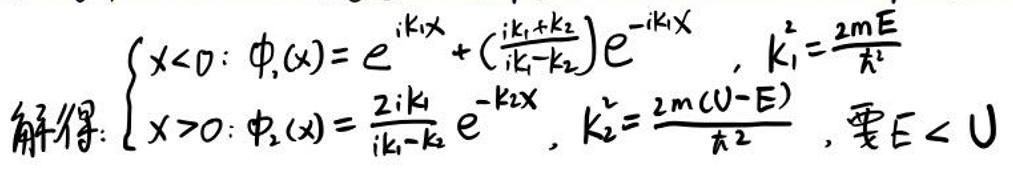
\[
\begin{cases}
x < 0: \quad \phi_1(x)=e^{ik_1x}+\left(\frac{ik_1 + k_2}{ik_1 - k_2}\right)e^{-ik_1x}, \quad k_1^2=\frac{2mE}{\hbar^2}\\
\\
x > 0: \quad \phi_2(x)=\frac{2ik_1}{ik_1 - k_2}e^{-k_2x}, \quad k_2^2=\frac{2m(U - E)}{\hbar^2}, \text{要} E < U
\end{cases}
\]